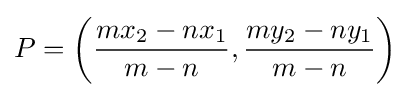
P=\left({\dfrac {mx_{2}-nx_{1}}{m-n}},{\dfrac {my_{2}-ny_{1}}{m-n}}\right)